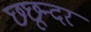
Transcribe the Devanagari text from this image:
छछून्दर